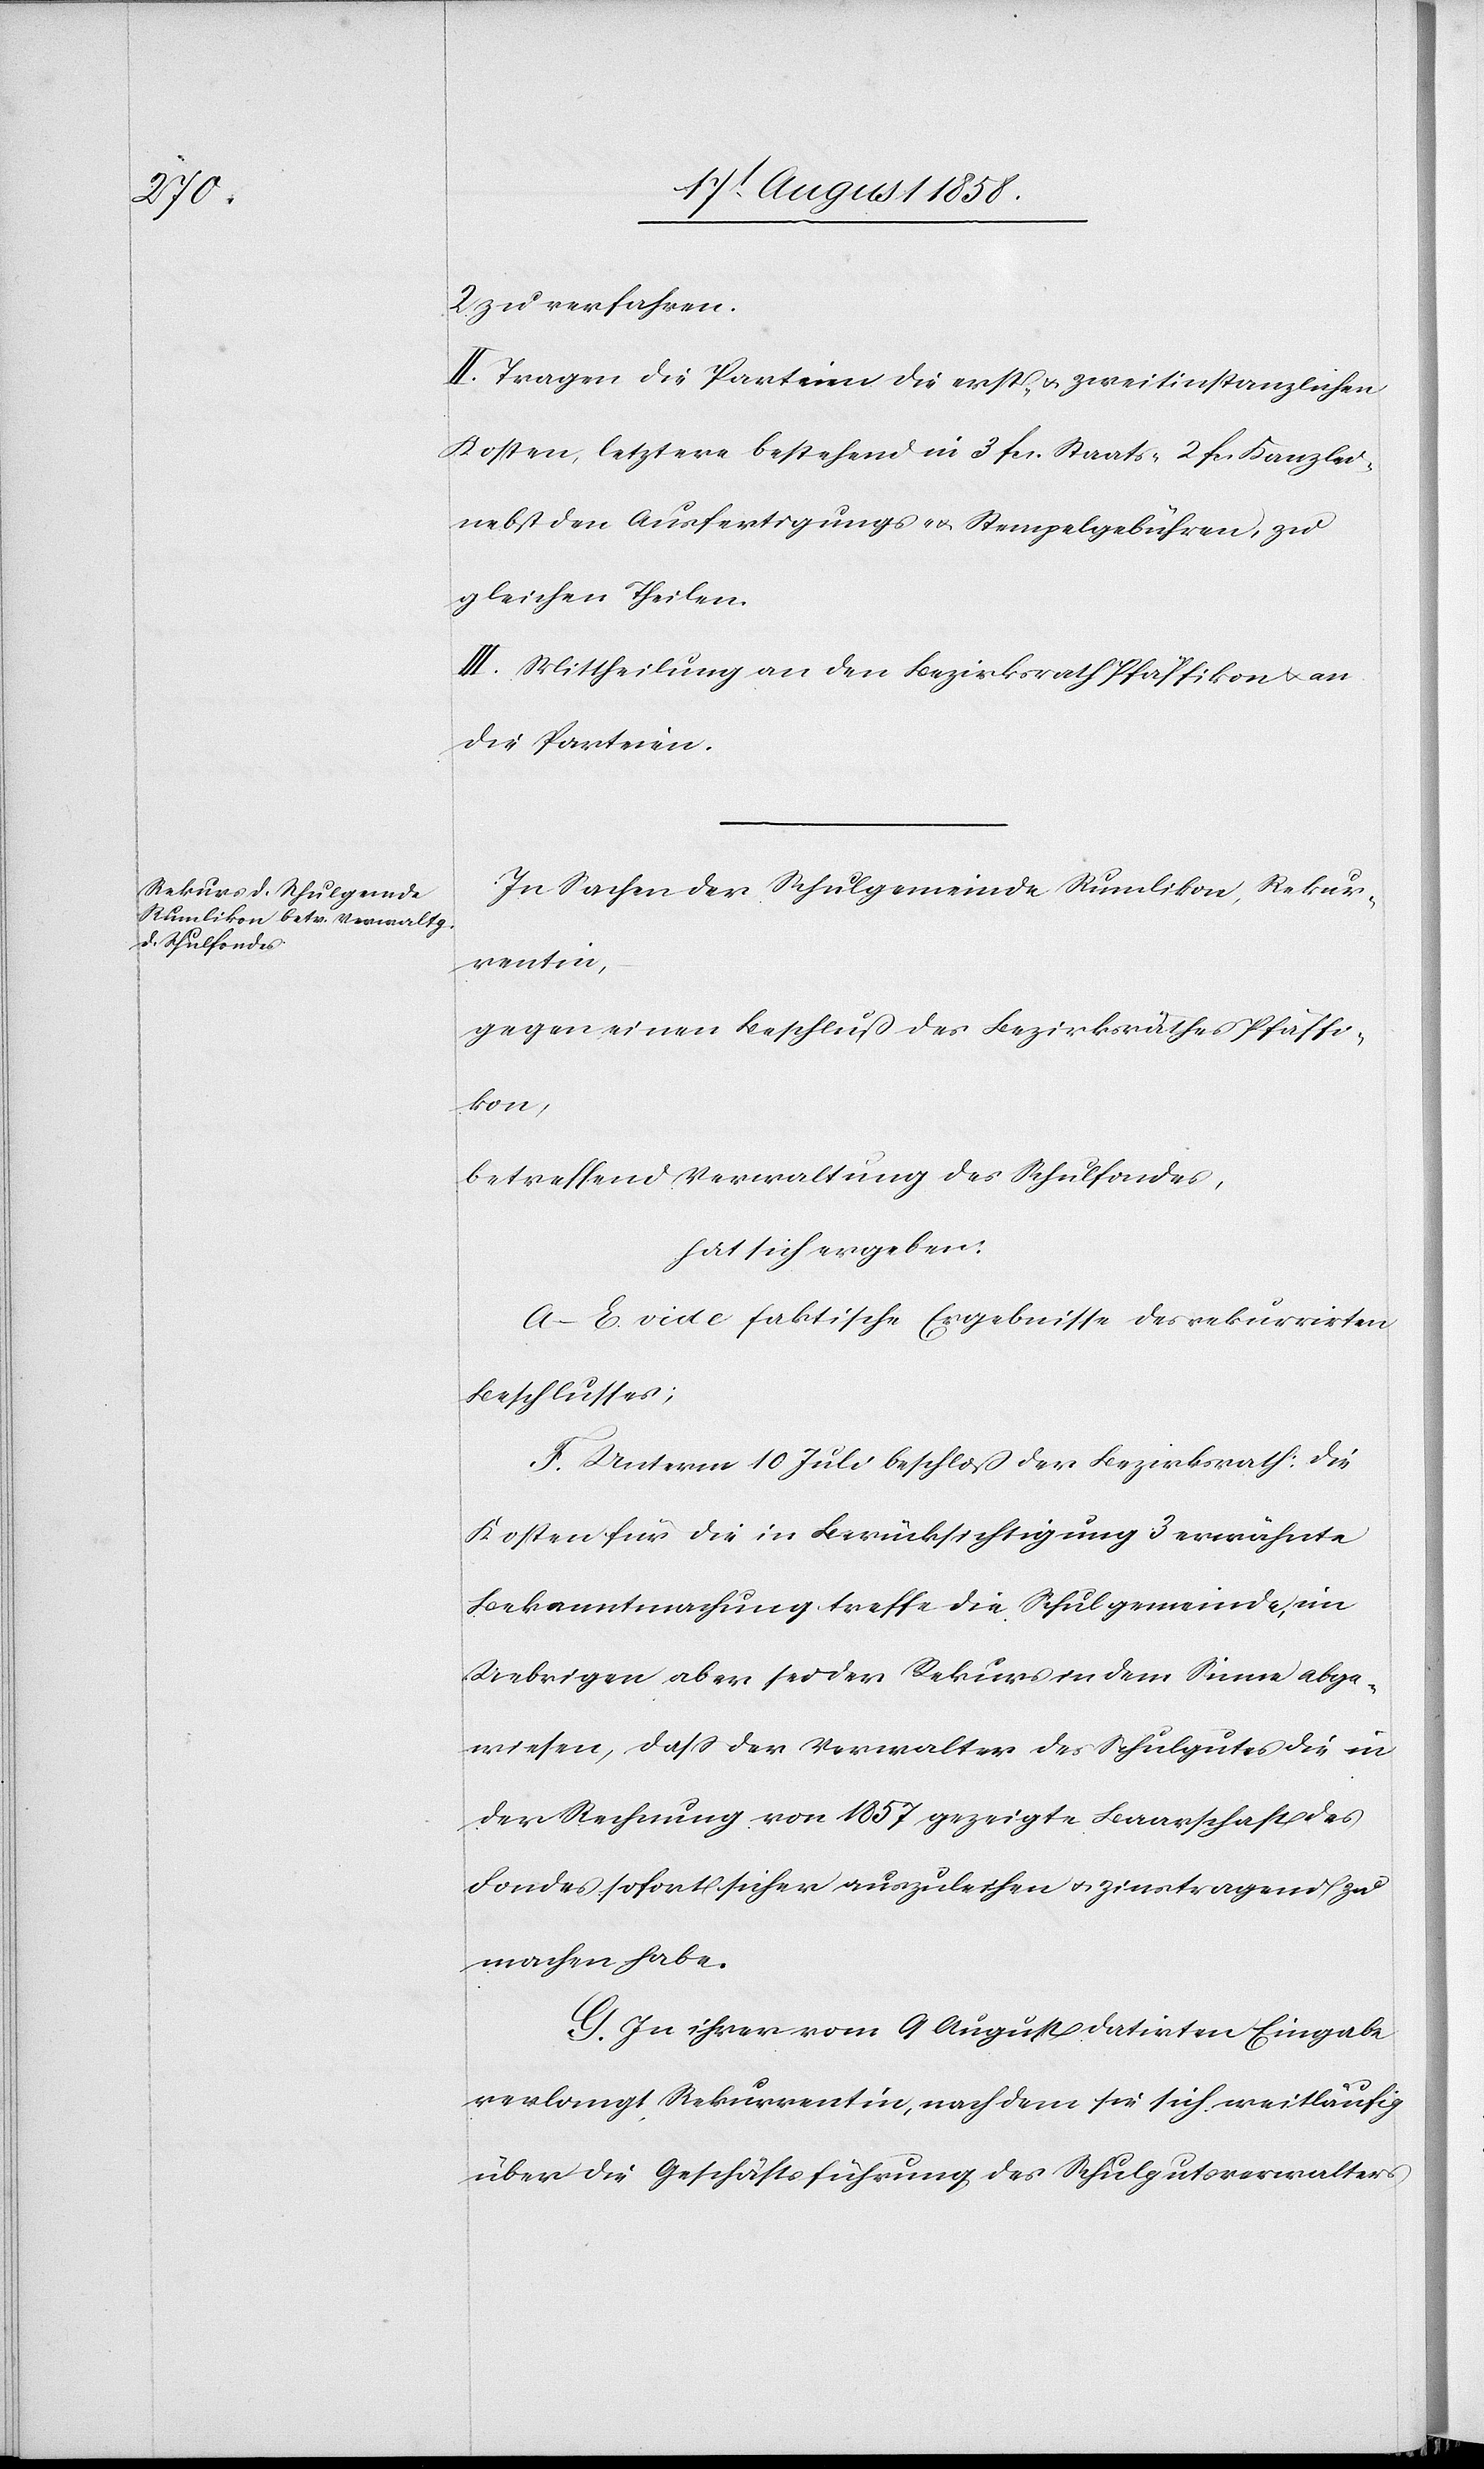
2 zu verfahren.
II. Tragen die Parteien die erst- & zweitinstanzlichen
Kosten, letztere bestehend in 3 fcs. Staats-[,] 2 fcs. Kanzlei-[,]
nebst den Ausfertigungs- & Stempelgebühren, zu
gleichen Theilen.
III. Mittheilung an den Bezirksrath Pfäffikon & an
die Parteien.
In Sachen der Schulgemeinde Rumlikon, Rekur¬
rentin,
gegen einen Beschluß des Bezirksrathes Pfäffi¬
kon,
betreffend Verwaltung des Schulfondes,
hat sich ergeben:
A–E. vide faktische Ergebnisse des rekurrirten
Beschlusses;
F. Unterm 10 Juli beschloß der Bezirksrath: Die
Kosten für die in Berücksichtigung 3 erwähnte
Bekanntmachung treffe die Schulgemeinde, im
Uebrigen aber sei der Rekurs in dem Sinne abge¬
wiesen, dass der Verwalter des Schulgutes die in
der Rechnung von 1857 gezeigte Baarschaft des
Fondes sofort sichern[,] auszuleihen & zinstragend zu
machen habe.
G. In ihrer vom 9 August datirten Eingabe
verlangt Rekurrentin, nachdem sie sich weitläufig
über die Geschäftsführung des Schulgutsverwalters